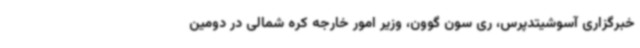
خبرگزاری آسوشیتدپرس، ری سون گوون، وزیر امور خارجه کره شمالی در دومین